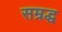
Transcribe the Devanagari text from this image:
सम्रद्ध